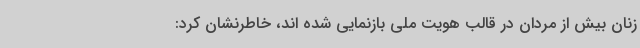
زنان بیش از مردان در قالب هویت ملی بازنمایی شده اند، خاطرنشان کرد: